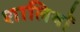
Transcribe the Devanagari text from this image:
शालियों